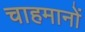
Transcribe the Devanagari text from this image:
चाहमानों